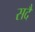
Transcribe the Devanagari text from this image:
सदै